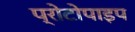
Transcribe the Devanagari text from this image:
प्रोटोपाइप